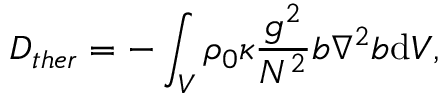
D _ { t h e r } = - \int _ { V } \rho _ { 0 } \kappa \frac { g ^ { 2 } } { N ^ { 2 } } b \nabla ^ { 2 } b \mathrm { d } V ,